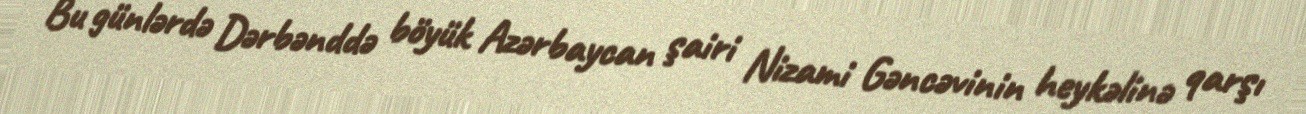
Bu günlərdə Dərbənddə böyük Azərbaycan şairi Nizami Gəncəvinin heykəlinə qarşı